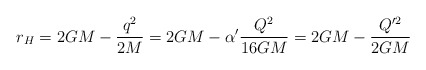
\begin{align*}r_H = 2GM - \frac{q^2}{2M} = 2GM - \alpha' \frac{Q^2}{16GM} = 2GM -\frac{Q'^2}{2GM}\end{align*}